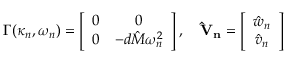
\boldsymbol { \Gamma } ( \kappa _ { n } , \omega _ { n } ) = \left[ \begin{array} { c c } { { 0 } } & { { 0 } } \\ { { 0 } } & { { - d \hat { M } \omega _ { n } ^ { 2 } } } \end{array} \right] , \quad \mathbf { \hat { V } _ { n } } = \left[ \begin{array} { c c } { \hat { w } _ { n } } \\ { \hat { v } _ { n } } \end{array} \right]